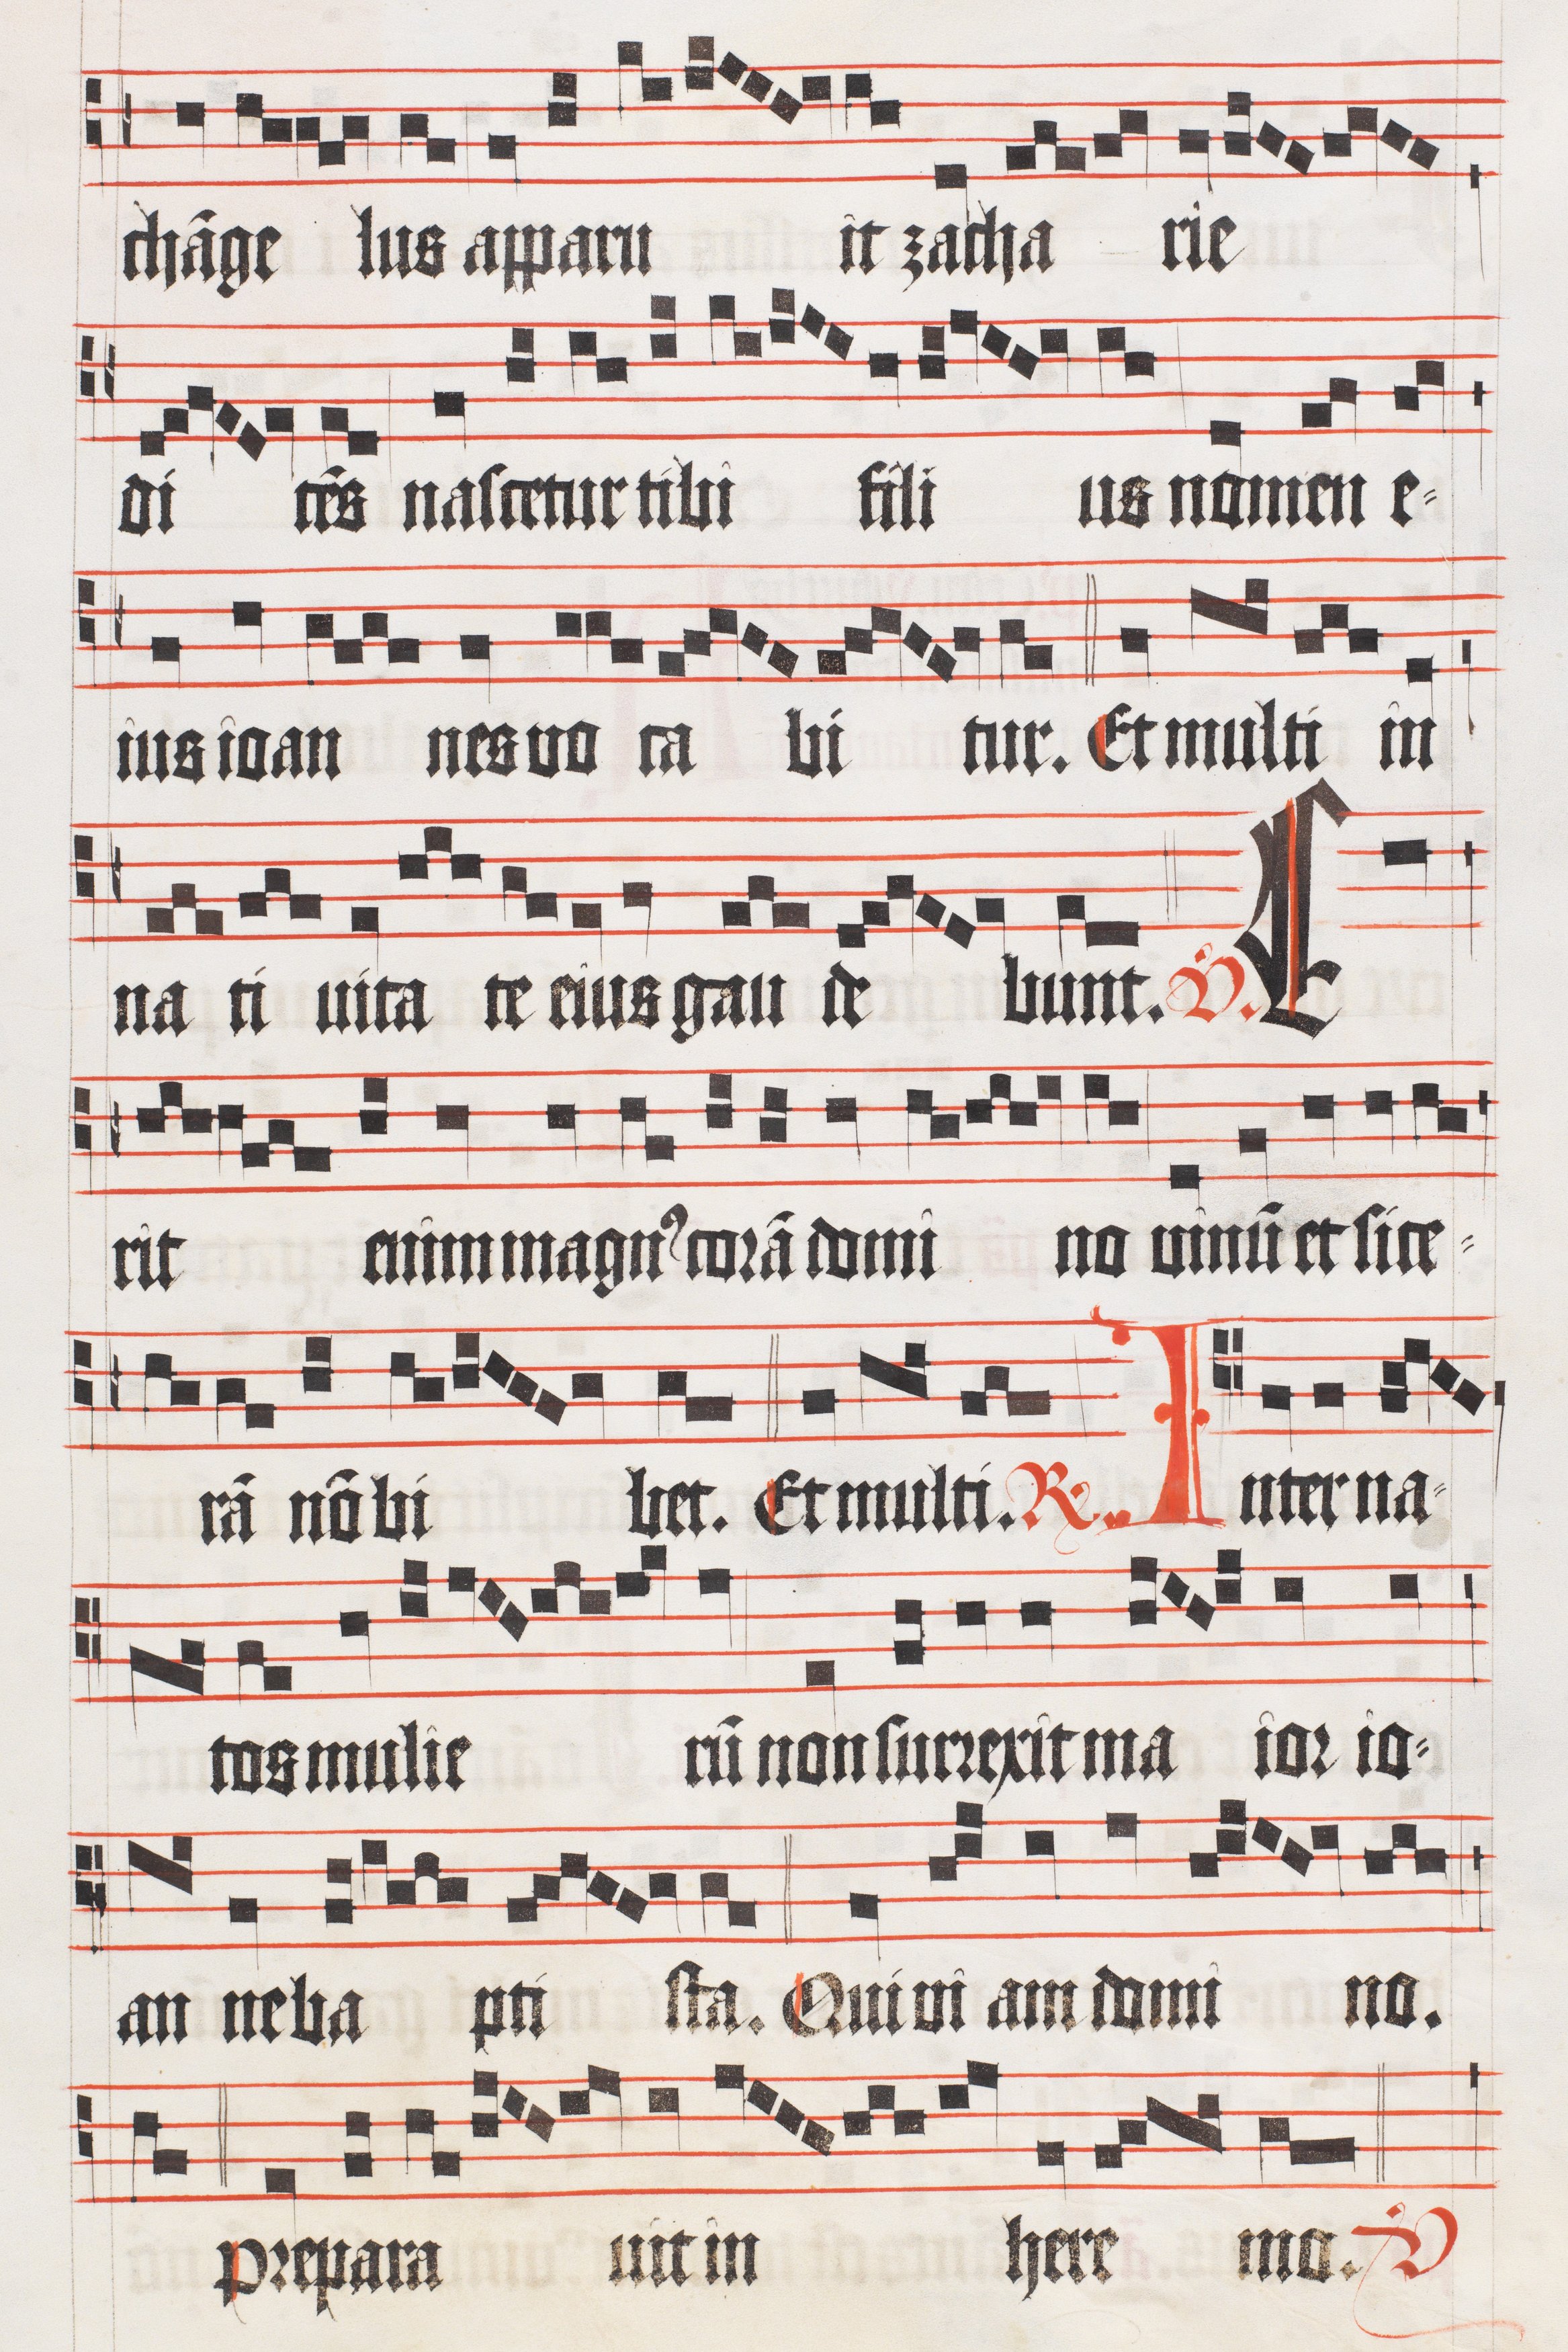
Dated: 1510–1517